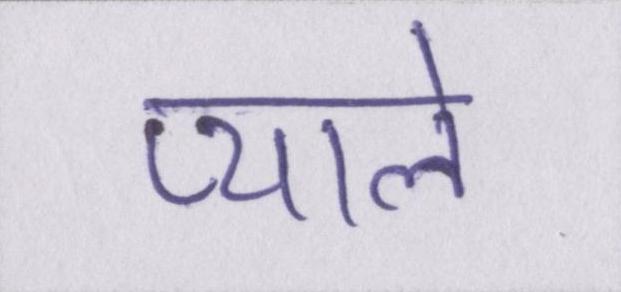
प्याले